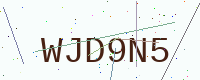
Text: WJD9N5